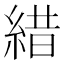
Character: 𦁎